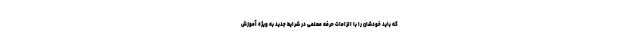
که باید خودشان را با الزامات حرفه معلمی در شرایط جدید به ویژه آموزش